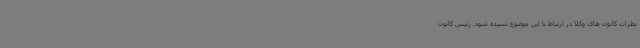
نظرات کانون های وکلا در ارتباط با این موضوع شنیده شود. رئیس کانون